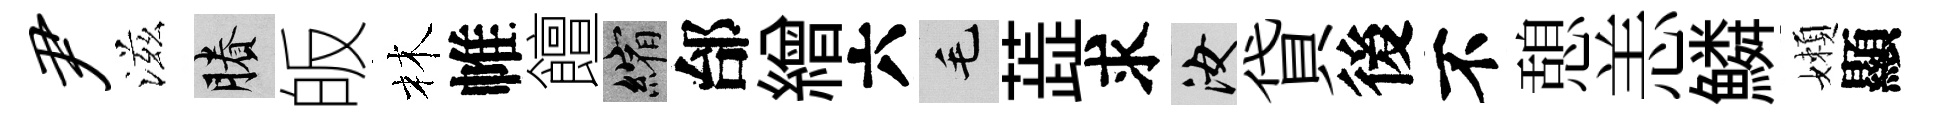
尹滋賸皈林帷饘縮邰繒六毛蕋求汝貸後不憩恙鱗嬾顯